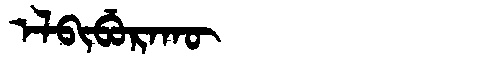
Manchu: ᡝᠯᠪᡳᠪᡠᡵᠠᡴᡡ
Romanization: ELBIBURAKŪ